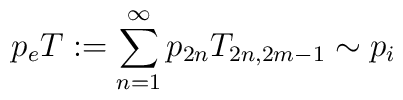
p_{e}T:=\sum^{\infty}_{n=1}p_{2n}T_{2n,2m-1}\sim p_{i}